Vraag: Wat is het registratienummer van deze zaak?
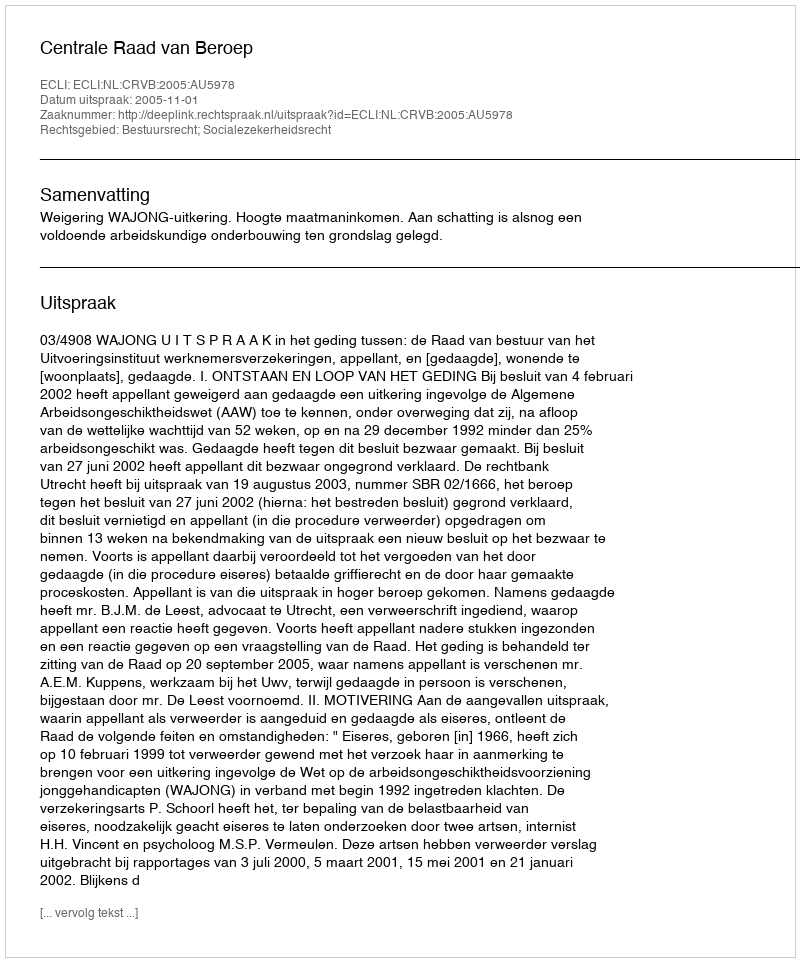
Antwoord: http://deeplink.rechtspraak.nl/uitspraak?id=ECLI:NL:CRVB:2005:AU5978